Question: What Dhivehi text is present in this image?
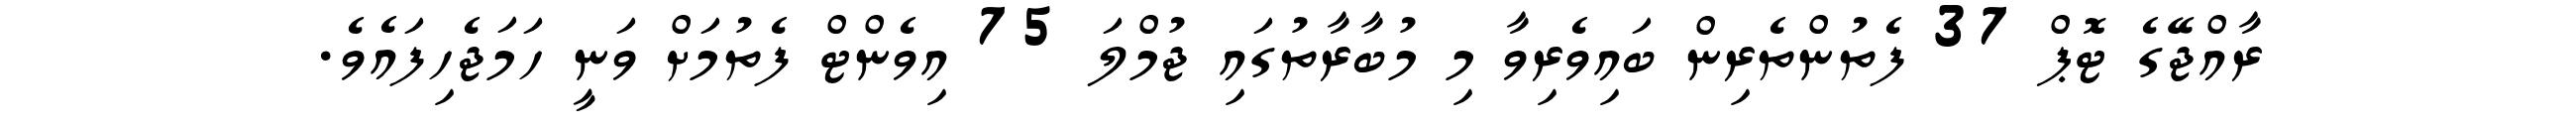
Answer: ރާއްޖޭގެ ޓޮޕް 37 ފެތުންތެރިން ބައިވެރިވާ މި މުބާރާތުގައި ޖުމްލަ 75 އިވެންޓް ފެތުމަށް ވަނީ ހަމަޖެހިފައެވެ.